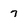
Character: 7